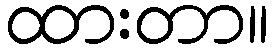
ထားတာ။